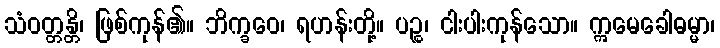
သံဝတ္တန္တိ၊ ဖြစ်ကုန်၏။ ဘိက္ခဝေ၊ ရဟန်းတို့။ ပဉ္စ၊ ငါးပါးကုန်သော။ ဣမေခေါဓမ္မာ၊